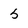
Character: 5